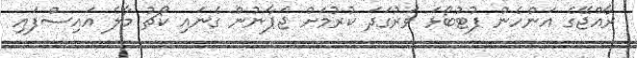
ރާއްޖޭގެ އަންހެން ފުޓުބޯޅަ ވަރުގަދަ ކުރުމަށް ޖަޕާނުން ގެނައި ކޯޗު މާލެ އައިސްފައި